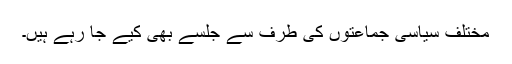
مختلف سیاسی جماعتوں کی طرف سے جلسے بھی کیے جا رہے ہیں۔